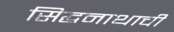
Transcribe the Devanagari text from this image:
सिद्धनाथाची